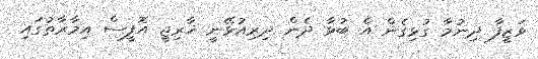
ވަޒީފާ ދިނުމާ ގުޅިގެން އެ ބުޅާ ދެން ދިރިއުޅޭނީ ޚާރިޖީ އޮފީސް އިމާރާތުގައި